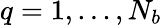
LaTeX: q=1,...,N_{b}